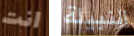
انت النبيلة